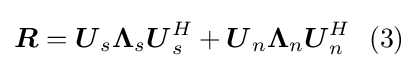
{\boldsymbol {R}}={\boldsymbol {U}}_{s}{\boldsymbol {\Lambda }}_{s}{\boldsymbol {U}}_{s}^{H}+{\boldsymbol {U}}_{n}{\boldsymbol {\Lambda }}_{n}{\boldsymbol {U}}_{n}^{H}\ \ (3)